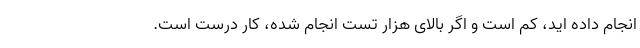
انجام داده اید، کم است و اگر بالای هزار تست انجام شده، کار درست است.